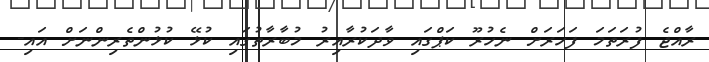
ރާއްޖެ ފުރަތަމަ ފަހަރަށް ނެހުރޫ ކަޕްގައި ވާދަކުރާއިރު މުބާރާތުގައި ކުޅޭ ކުޅުންތެރިންނަށް އައި-